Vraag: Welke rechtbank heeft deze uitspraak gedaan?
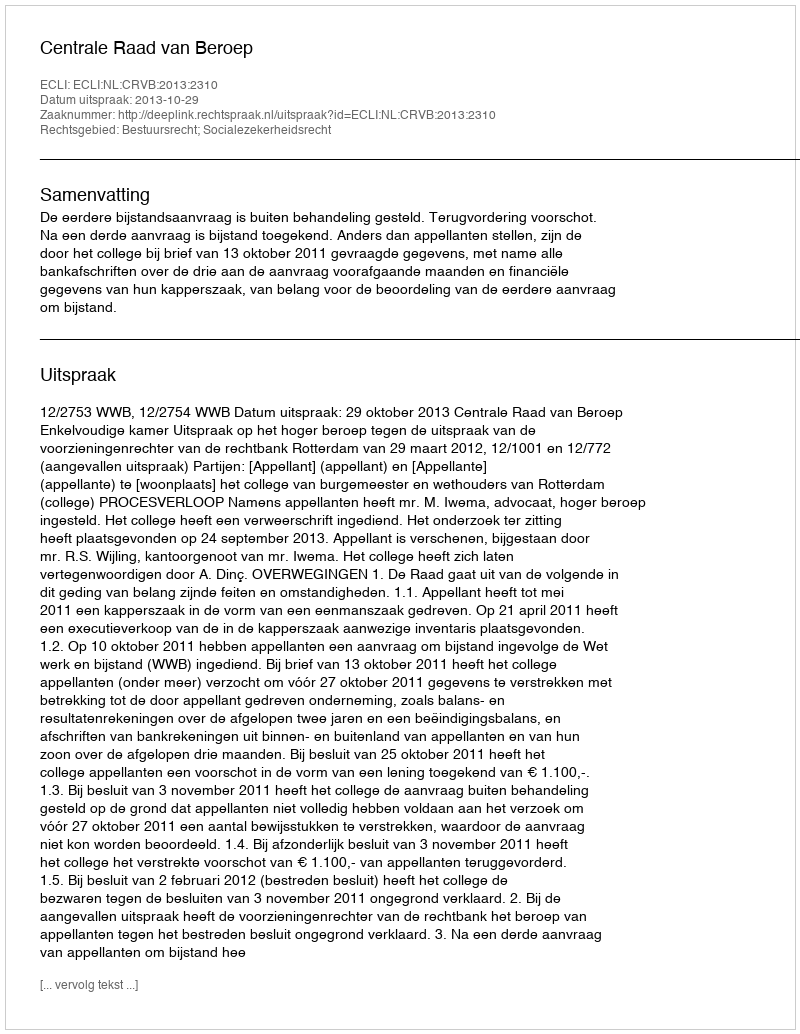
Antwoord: Centrale Raad van Beroep